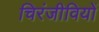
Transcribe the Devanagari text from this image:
चिरंजीवियों